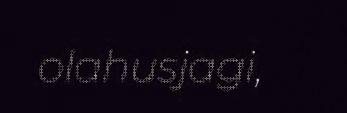
olahusjagi,